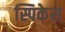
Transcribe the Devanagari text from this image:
स्पिकेस